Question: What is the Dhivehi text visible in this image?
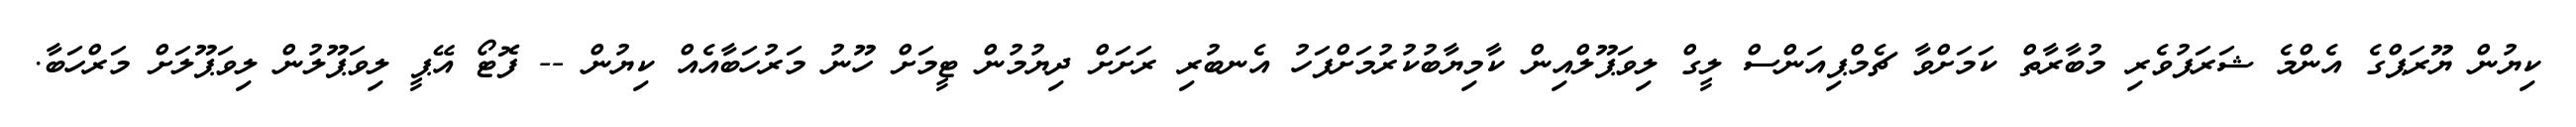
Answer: ކިޔުން ޔޫރަޕްގެ އެންމެ ޝަރަފުވެރި މުބާރާތް ކަމަށްވާ ޗެމްޕިއަންސް ލީގް ލިވަޕޫލްއިން ކާމިޔާބުކުރުމަށްފަހު އެނބުރި ރަށަށް ދިޔުމުން ޓީމަށް ހޫނު މަރުހަބާއެއް ކިޔުން -- ފޮޓޯ އޭޕީ ލިވަޕޫލުން ލިވަޕޫލަށް މަރްހަބާ.